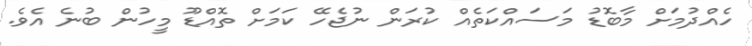
ހެއްދުމަށް މާބޮޑު މަސައްކަތެއް ކުރަން ނުޖެހޭ ކަމަށް ތޮއްޑޫ މީހުން ބުނެ އެވެ.